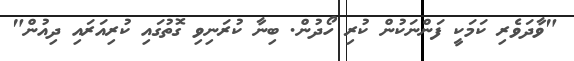
"ވާދަވެރި ކަމަކީ ފަންނަކުން ކުރި ހޯދުން. ބިނާ ކުރަނިވި ގޮތުގައި ކުރިއަރައި ދިއުން"